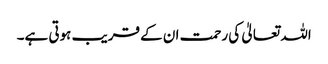
اللہ تعالیٰ کی رحمت ان کے قریب ہوتی ہے۔